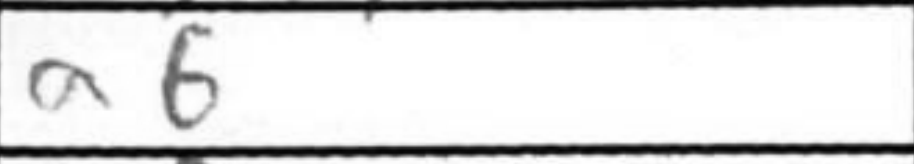
Transcription: a6